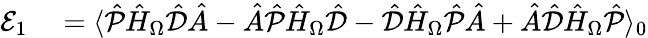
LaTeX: \begin{array}{rl}{\mathcal{E}_{1}}&{{}=\langle\hat{\mathcal{P}}\hat{H}_{\Omega}\hat{\mathcal{{D}}}\hat{A}-\hat{A}\hat{\mathcal{P}}\hat{H}_{\Omega}\hat{\mathcal{{D}}}-\hat{\mathcal{D}}\hat{H}_{\Omega}\hat{\mathcal{P}}\hat{A}+\hat{A}\hat{\mathcal{D}}\hat{H}_{\Omega}\hat{\mathcal{P}}\rangle_{0}}\end{array}